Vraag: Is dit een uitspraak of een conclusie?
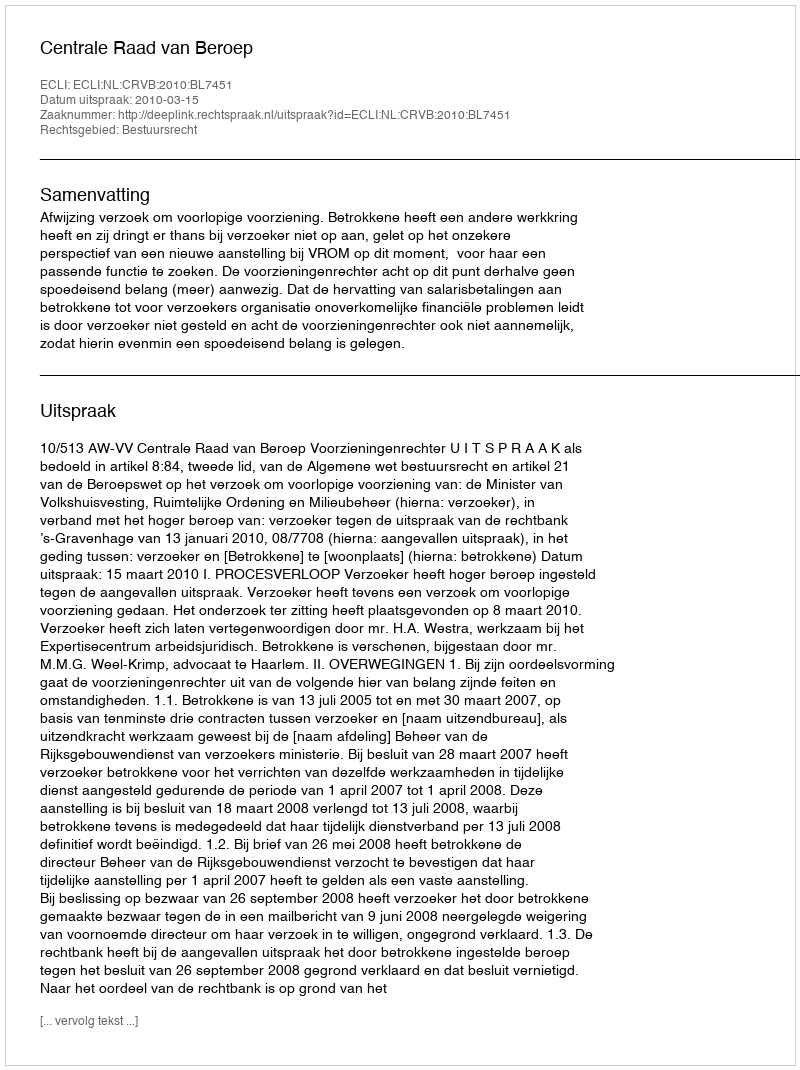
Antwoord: Uitspraak